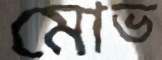
মোভ